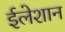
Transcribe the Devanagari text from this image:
ईलेशान